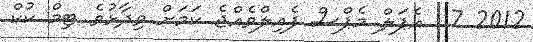
2012 7  އެޕަލް މެޕްސް ފެއިލްވެއްޖެ ކަމަށް ވިދާޅުވެ ޓިމް ކުކް